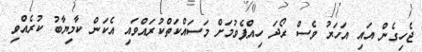
ޖެހިގެން އައި އަހަރު ވެސް ރޯދަ ހިއްޕެވުމަށް މަސައްކަތްކުރައްވައި އެކަން ކާމިޔާބު ކުރެއްވި